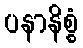
ပနာနိစ္စံ